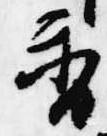
香